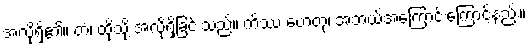
အလိုရှိ၏။ တံ၊ ထိုသို့ အလိုရှိခြင်းသည်။ ကိဿ ဟေတု၊ အဘယ်အကြောင်းကြောင့်နည်း။